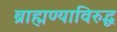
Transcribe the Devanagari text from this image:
ब्राह्मण्याविरुद्ध